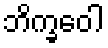
ဘိက္ခဝေါ